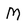
Character: M